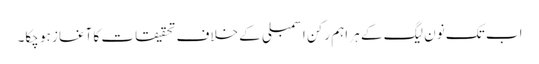
اب تک نون لیگ کے ہر اہم رکن اسمبلی کے خلاف تحقیقات کا آغاز ہو چکا۔